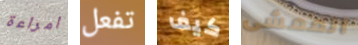
امراءة تفعل كيف الممشى